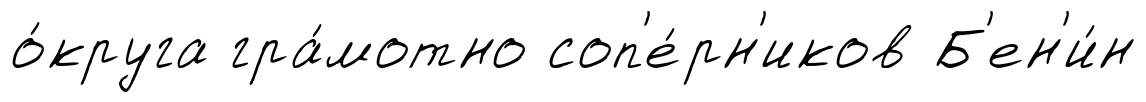
о́круга гра́мотно соп'е́рн'иков Б'ен'и́н